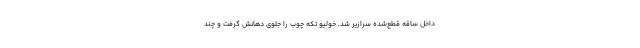
داخل ساقهٔ قطع‌شده سرازیر شد. خولیو تکه چوب را جلوی دهانش گرفت و چند